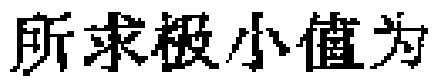
所求极小值为